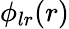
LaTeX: \phi_{lr}(r)